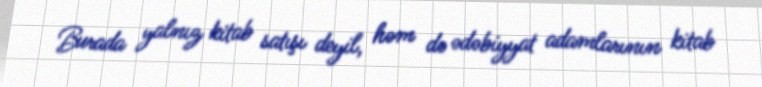
Burada yalnız kitab satışı deyil, həm də ədəbiyyat adamlarının kitab